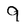
Character: 9